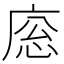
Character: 𢈳